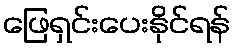
ဖြေရှင်းပေးနိုင်ရန်